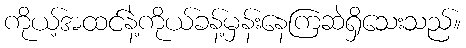
ကိုယ့်အထင်နဲ့ကိုယ်ခန့်မှန်းနေကြဆဲရှိသေးသည်။